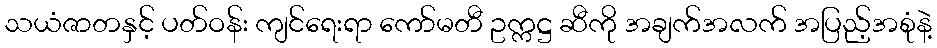
သယံဇာတနှင့် ပတ်ဝန်း ကျင်ရေးရာ ကော်မတီ ဥက္ကဋ္ဌ ဆီကို အချက်အလက် အပြည့်အစုံနဲ့